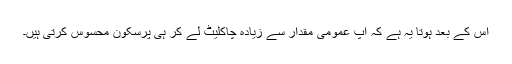
اس کے بعد ہوتا یہ ہے کہ آپ عمومی مقدار سے زیادہ چاکلیٹ لے کر ہی پرسکون محسوس کرتی ہیں۔